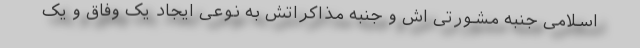
اسلامی جنبه مشورتی اش و جنبه مذاکراتش به نوعی ایجاد یک وفاق و یک